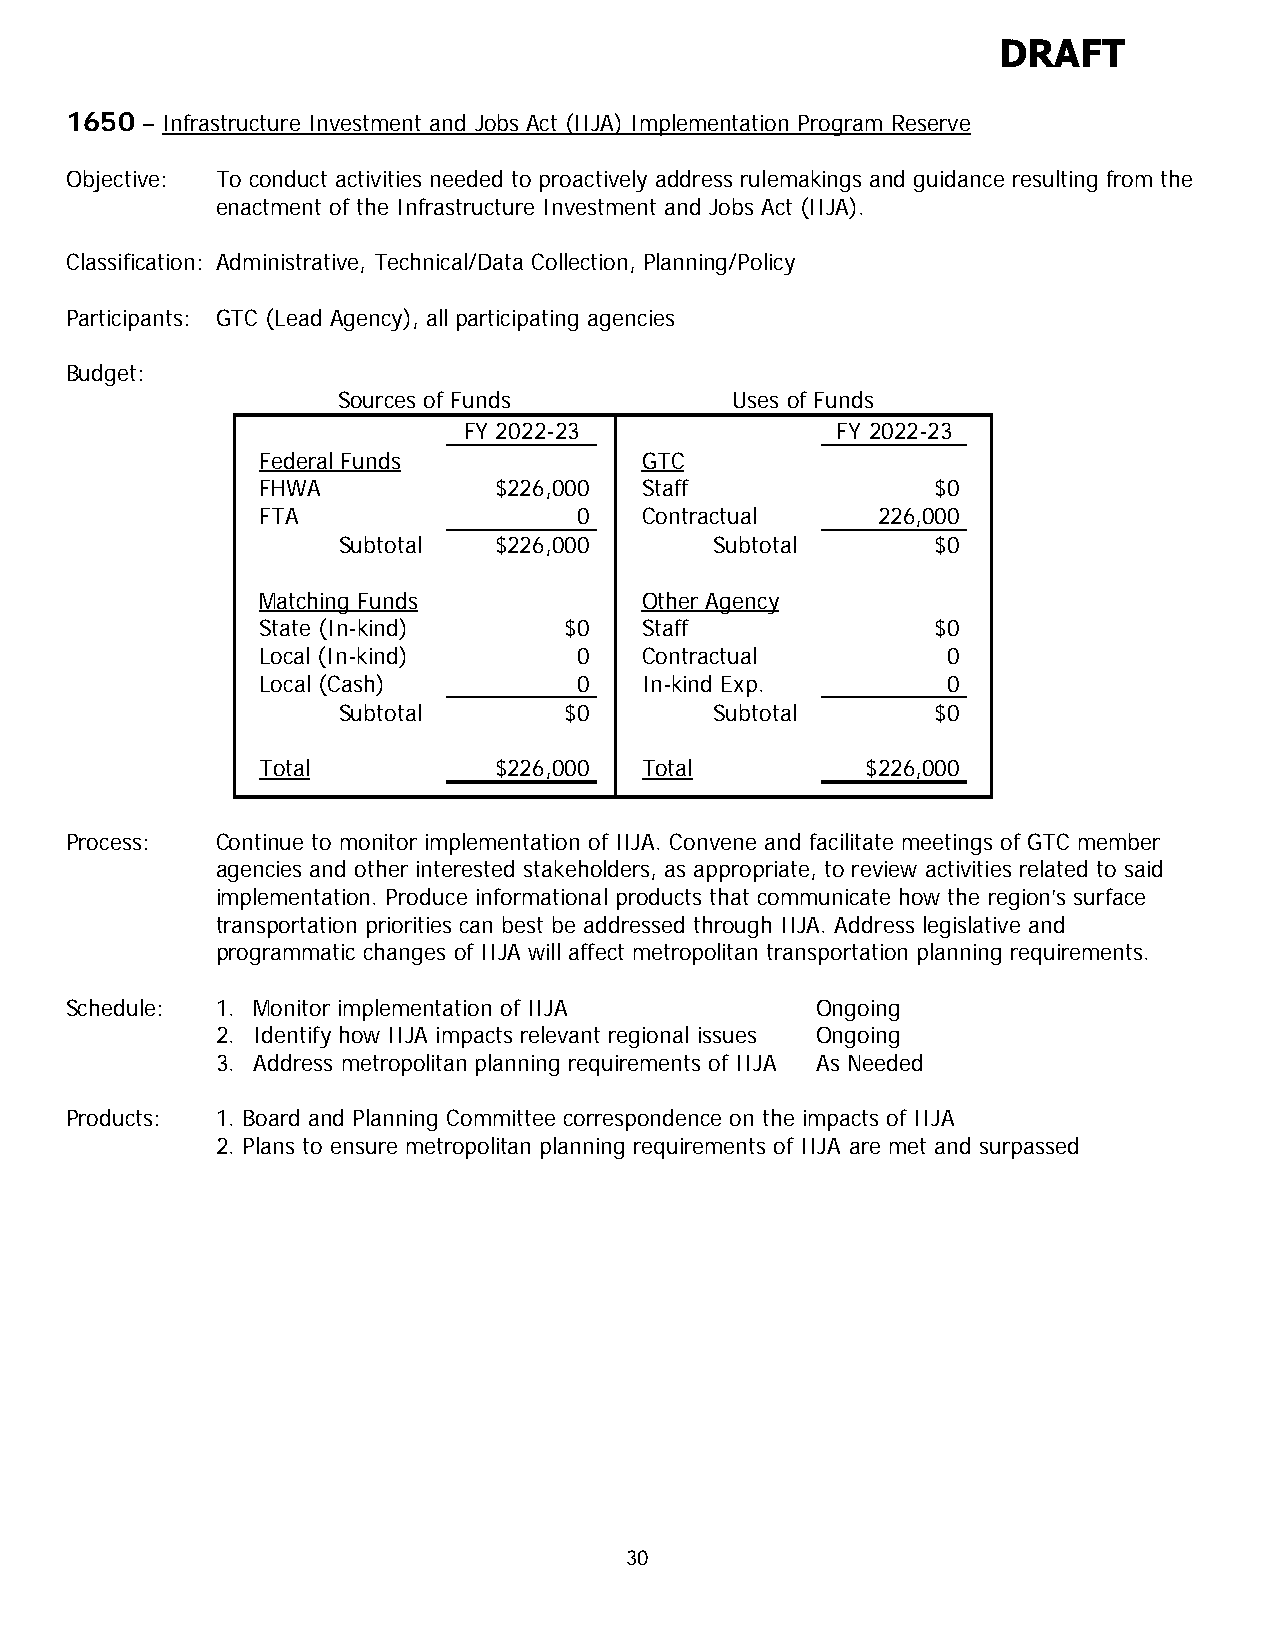
DRAFT
 1650 – Infrastructure Investment and Jobs Act (IIJA) Implementation Program Reserve
 Objective: To conduct activities needed to proactively address rulemakings and guidance resulting from the
 enactment of the Infrastructure Investment and Jobs Act (IIJA).
 Classification: Administrative, Technical/Data Collection, Planning/Policy
 Participants: GTC (Lead Agency), all participating agencies
 Budget:
 Sources of Funds          Uses of Funds
 FY 2022-23              FY 2022-23
 Federal Funds            GTC
 FHWA            $226,000 Staff               $0
 FTA                  0   Contractual     226,000
 Subtotal   $226,000      Subtotal       $0
 Matching Funds           Other Agency
 State (In-kind)     $0   Staff               $0
 Local (In-kind)      0   Contractual          0
 Local (Cash)         0   In-kind Exp.         0
 Subtotal       $0        Subtotal       $0
 Total           $226,000 Total          $226,000
 Process:  Continue to monitor implementation of IIJA. Convene and facilitate meetings of GTC member
 agencies and other interested stakeholders, as appropriate, to review activities related to said
 implementation. Produce informational products that communicate how the region’s surface
 transportation priorities can best be addressed through IIJA. Address legislative and
 programmatic changes of IIJA will affect metropolitan transportation planning requirements.
 Schedule: 1. Monitor implementation of IIJA       Ongoing
 2. Identify how IIJA impacts relevant regional issues Ongoing
 3. Address metropolitan planning requirements of IIJA As Needed
 Products: 1. Board and Planning Committee correspondence on the impacts of IIJA
 2. Plans to ensure metropolitan planning requirements of IIJA are met and surpassed
 30